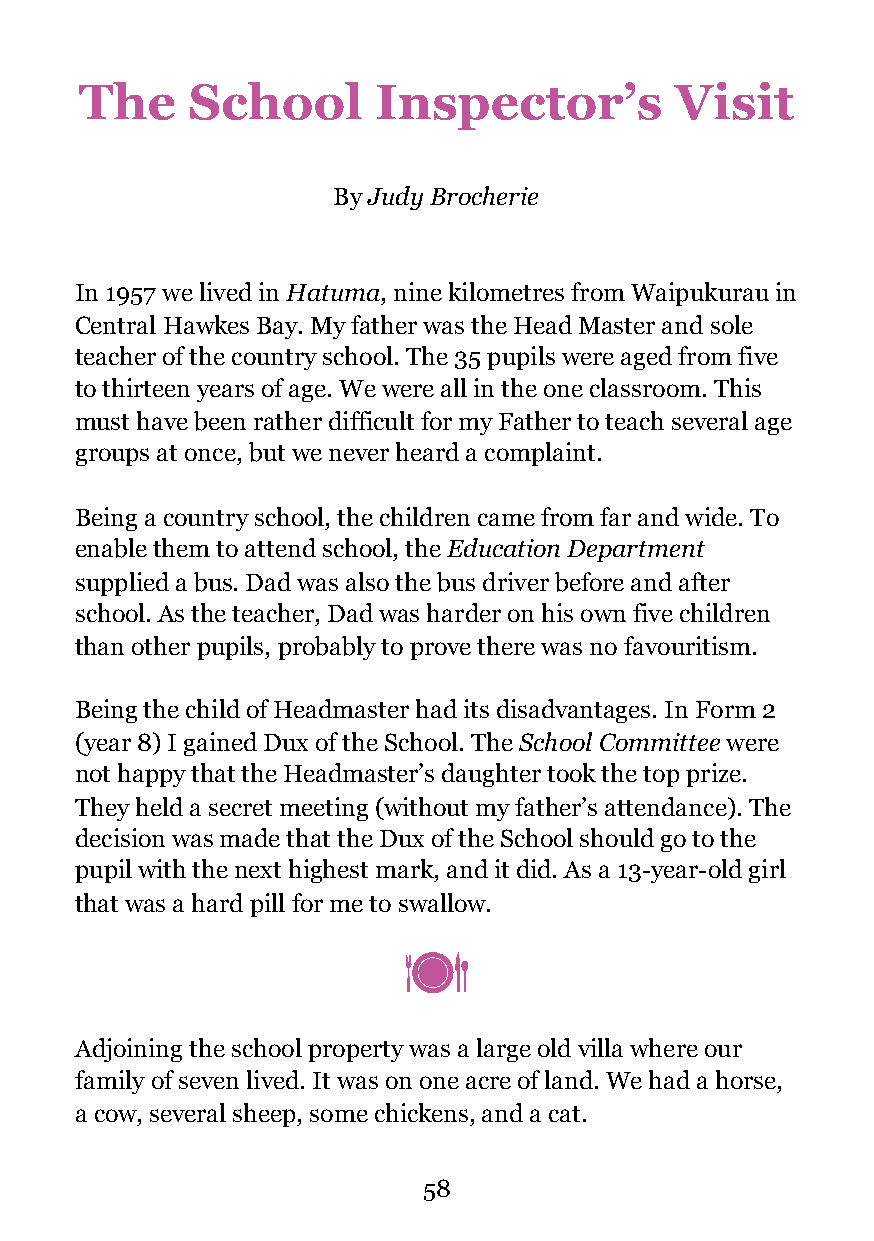
The    School       Inspector’s         Visit
 By Judy Brocherie
 In 1957 we lived in Hatuma, nine kilometres from Waipukurau in
 Central Hawkes Bay. My father was the Head Master and sole
 teacher of the country school. The 35 pupils were aged from five
 to thirteen years of age. We were all in the one classroom. This
 must have been rather difficult for my Father to teach several age
 groups at once, but we never heard a complaint.
 Being a country school, the children came from far and wide. To
 enable them to attend school, the Education Department
 supplied a bus. Dad was also the bus driver before and after
 school. As the teacher, Dad was harder on his own five children
 than other pupils, probably to prove there was no favouritism.
 Being the child of Headmaster had its disadvantages. In Form 2
 (year 8) I gained Dux of the School. The School Committee were
 not happy that the Headmaster’s daughter took the top prize.
 They held a secret meeting (without my father’s attendance). The
 decision was made that the Dux of the School should go to the
 pupil with the next highest mark, and it did. As a 13-year-old girl
 that was a hard pill for me to swallow.
 !
 Adjoining the school property was a large old villa where our
 family of seven lived. It was on one acre of land. We had a horse,
 a cow, several sheep, some chickens, and a cat.
 !58